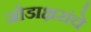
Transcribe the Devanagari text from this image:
जोडाक्षरांचे